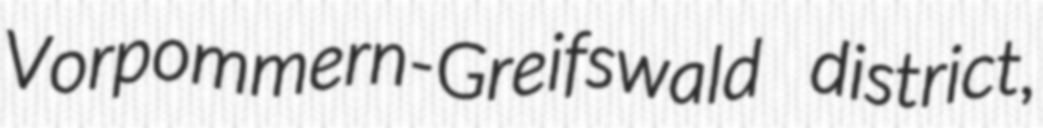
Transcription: Vorpommern-Greifswald district,